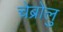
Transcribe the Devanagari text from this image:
चेब्रोलु